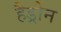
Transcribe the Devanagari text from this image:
हैड्रोन